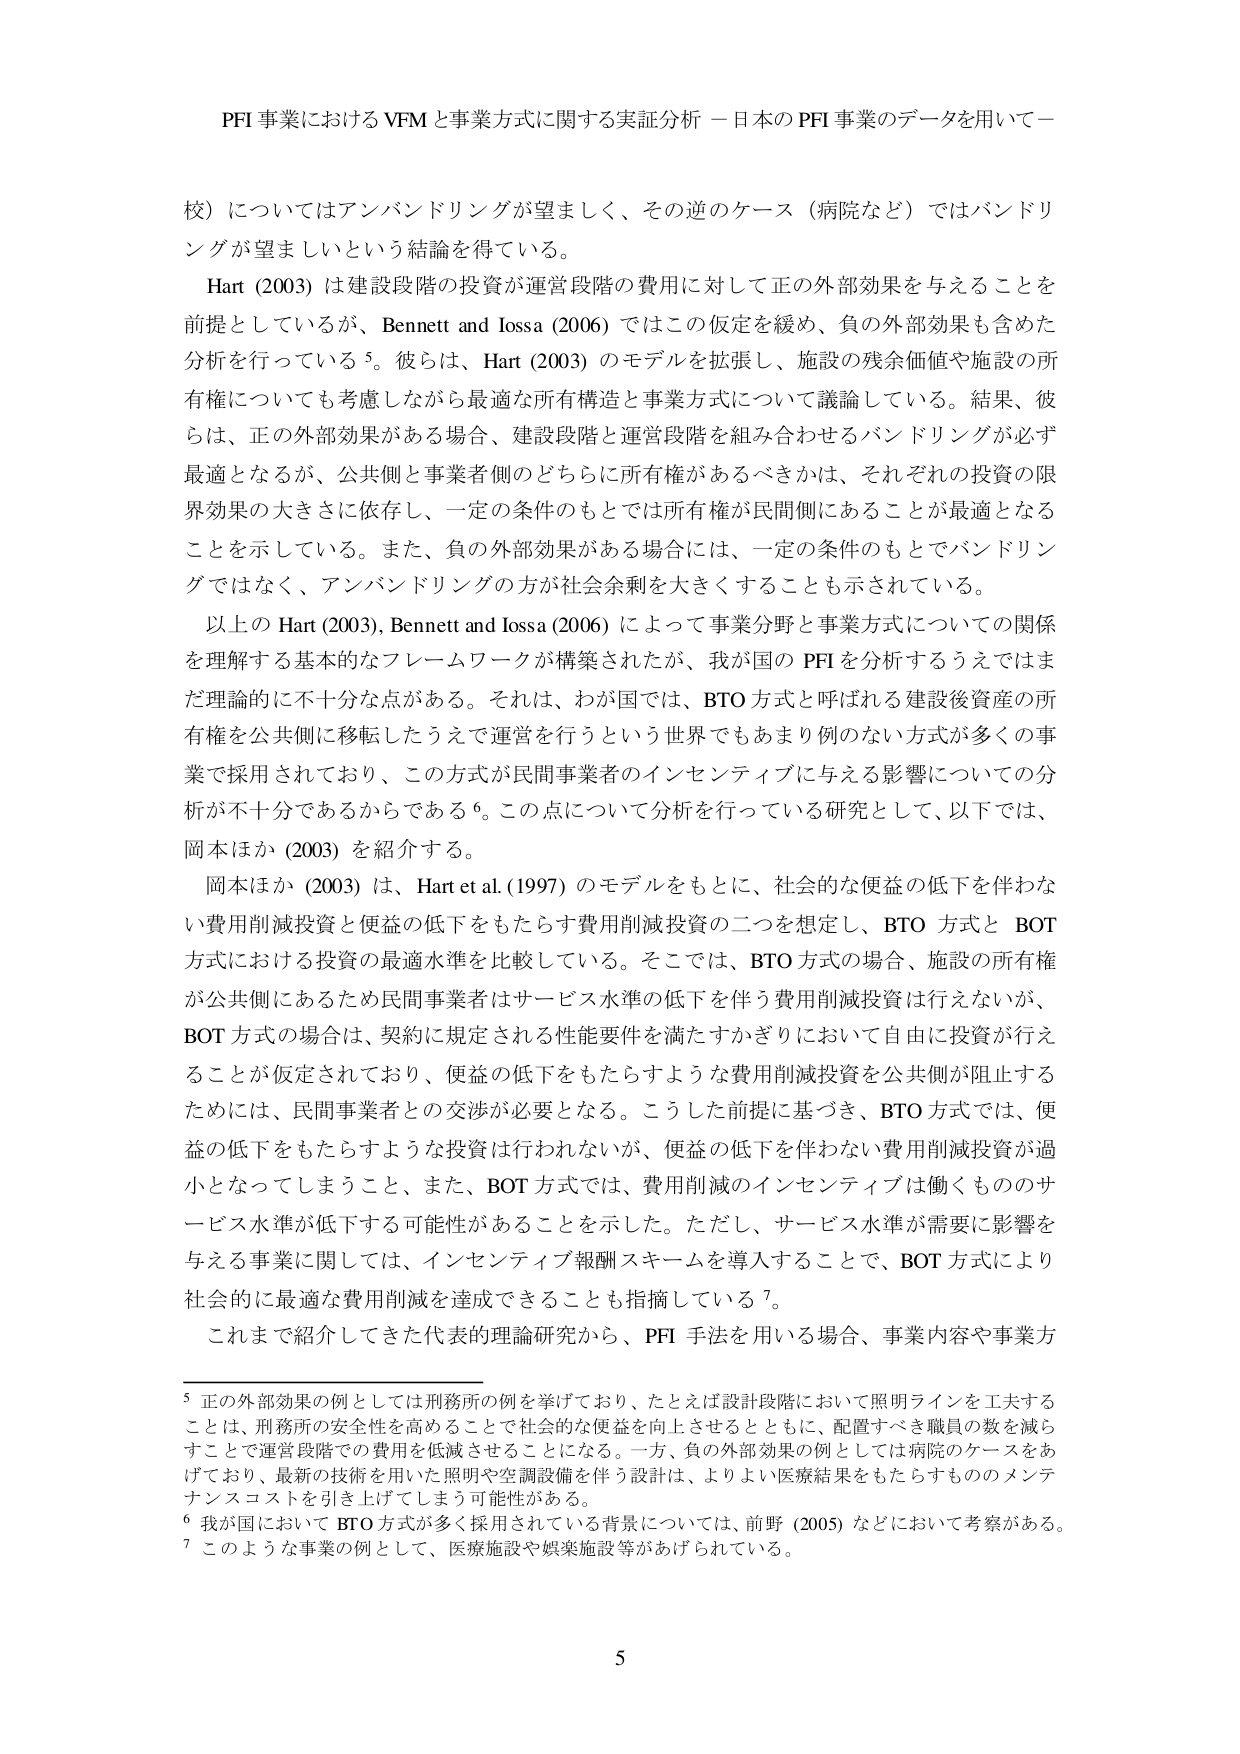
PFI 事業における VFM と事業方式に関する実証分析 －日本の PFI 事業のデータを用いて－

校）についてはアンバンドリングが望ましく、その逆のケース（病院など）ではバンドリングが望ましいという結論を得ている。

Hart (2003) は建設段階の投資が運営段階の費用に対して正の外部効果を与えることを前提としているが、Bennett and Iossa (2006) ではこの仮定を緩め、負の外部効果も含めた分析を行っている⁵。彼らは、Hart (2003) のモデルを拡張し、施設の残余価値や施設の所有権についても考慮しながら最適な所有構造と事業方式について議論している。結果、彼らは、正の外部効果がある場合、建設段階と運営段階を組み合わせるバンドリングが必ず最適となるが、公共側と事業者側のどちらに所有権があるべきかは、それぞれの投資の限界効果の大きさに依存し、一定の条件のもとでは所有権が民間側にあることが最適となることを示している。また、負の外部効果がある場合には、一定の条件のもとでバンドリングではなく、アンバンドリングの方が社会余剰を大きくすることも示されている。

以上の Hart (2003), Bennett and Iossa (2006) によって事業分野と事業方式についての関係を理解する基本的なフレームワークが構築されたが、我が国の PFI を分析するうえではまだ理論的に不十分な点がある。それは、わが国では、BTO 方式と呼ばれる建設後資産の所有権を公共側に移転したうえで運営を行うという世界でもあまり例のない方式が多くの事業で採用されており、この方式が民間事業者のインセンティブに与える影響についての分析が不十分であるからである⁶。この点について分析を行っている研究として、以下では、岡本ほか (2003) を紹介する。

岡本ほか (2003) は、Hart et al. (1997) のモデルをもとに、社会的な便益の低下を伴わない費用削減投資と便益の低下をもたらす費用削減投資の二つを想定し、BTO 方式と BOT 方式における投資の最適水準を比較している。そこでは、BTO 方式の場合、施設の所有権が公共側にあるため民間事業者はサービス水準の低下を伴う費用削減投資は行えないが、BOT 方式の場合は、契約に規定される性能要件を満たすかぎりにおいて自由に投資が行えることが仮定されており、便益の低下をもたらすような費用削減投資を公共側が阻止するためには、民間事業者との交渉が必要となる。こうした前提に基づき、BTO 方式では、便益の低下をもたらすような投資は行われないが、便益の低下を伴わない費用削減投資が過小となってしまうこと、また、BOT 方式では、費用削減のインセンティブは働くもののサービス水準が低下する可能性があることを示した。ただし、サービス水準が需要に影響を与える事業に関しては、インセンティブ報酬スキームを導入することで、BOT 方式により社会的に最適な費用削減を達成できることも指摘している⁷。

これまで紹介してきた代表的理論研究から、PFI 手法を用いる場合、事業内容や事業方

⁵ 正の外部効果の例としては刑務所の例を挙げており、たとえば設計段階において照明ラインを工夫することは、刑務所の安全性を高めることで社会的な便益を向上させるとともに、配置すべき職員の数を減らすことで運営段階での費用を低減させることになる。一方、負の外部効果の例としては病院のケースをあげており、最新の技術を用いた照明や空調設備を伴う設計は、よりよい医療結果をもたらすもののメンテナンスコストを引き上げてしまう可能性がある。

⁶ 我が国において BTO 方式が多くの採用されている背景については、前野 (2005) などにおいて考察がある。

⁷ このような事業の例として、医療施設や娯楽施設等があげられている。

5